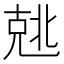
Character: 𰅣